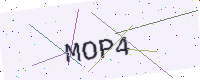
Text: MOP4